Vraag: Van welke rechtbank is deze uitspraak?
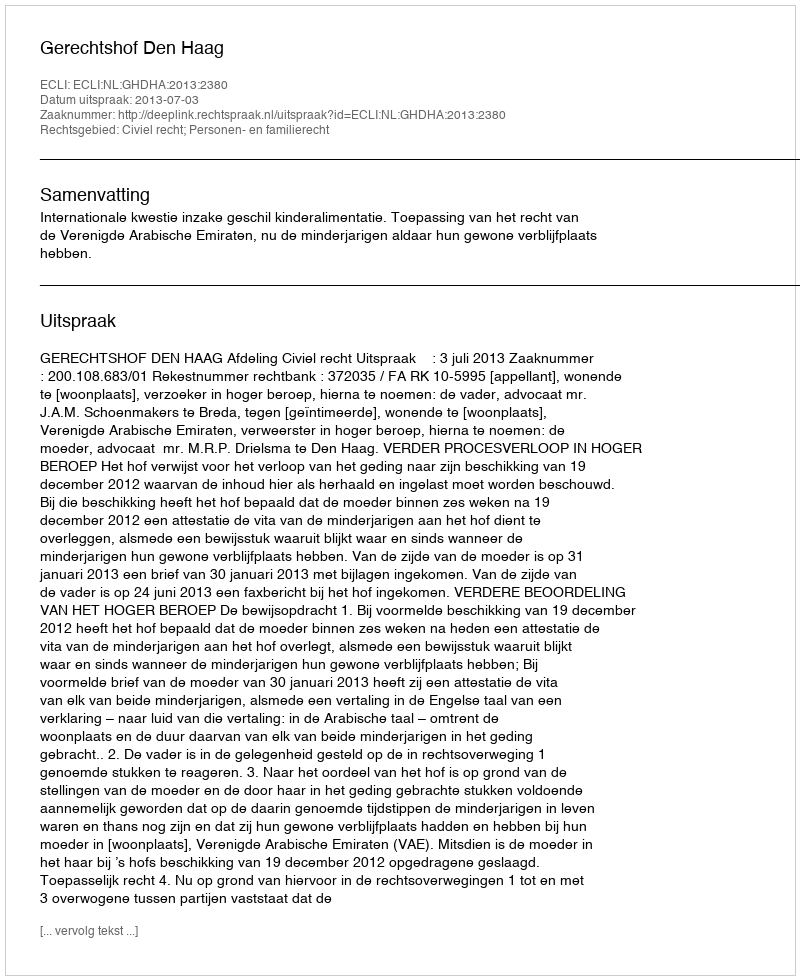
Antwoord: Gerechtshof Den Haag